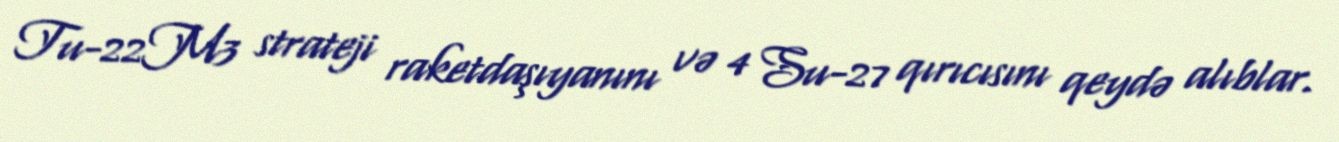
Tu-22M3 strateji raketdaşıyanını və 4 Su-27 qırıcısını qeydə alıblar.